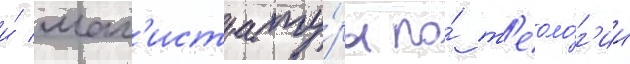
и́ маг'истрату́ры по́ т'еоло́г'ии